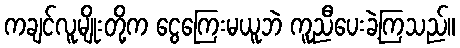
ကချင်လူမျိုးတို့က ငွေကြေးမယူဘဲ ကူညီပေးခဲ့ကြသည်။